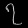
Digit: ၇